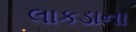
લાકડાના